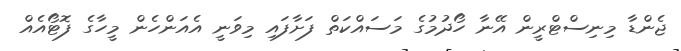
ޖެންޑާ މިނިސްޓްރީން އޭނާ ހޯދުމުގެ މަސައްކަތް ފަށާފައި މިވަނީ އެއަންހެން މީހާގެ ފޮޓޯއެއް